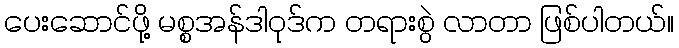
ပေးဆောင်ဖို့ မစ္စအန်ဒါဝုဒ်က တရားစွဲ လာတာ ဖြစ်ပါတယ်။